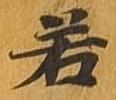
若